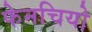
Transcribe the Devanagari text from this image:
फेनचियो